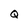
Character: Q